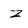
Character: z